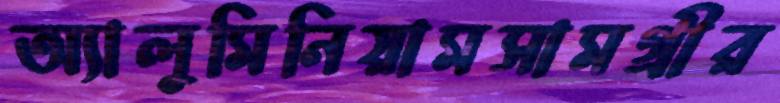
অ্যালুমিনিয়ামসামগ্রীর